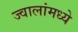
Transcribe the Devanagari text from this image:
ज्वालांमध्ये